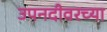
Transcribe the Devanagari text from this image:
उपनदीवरच्या